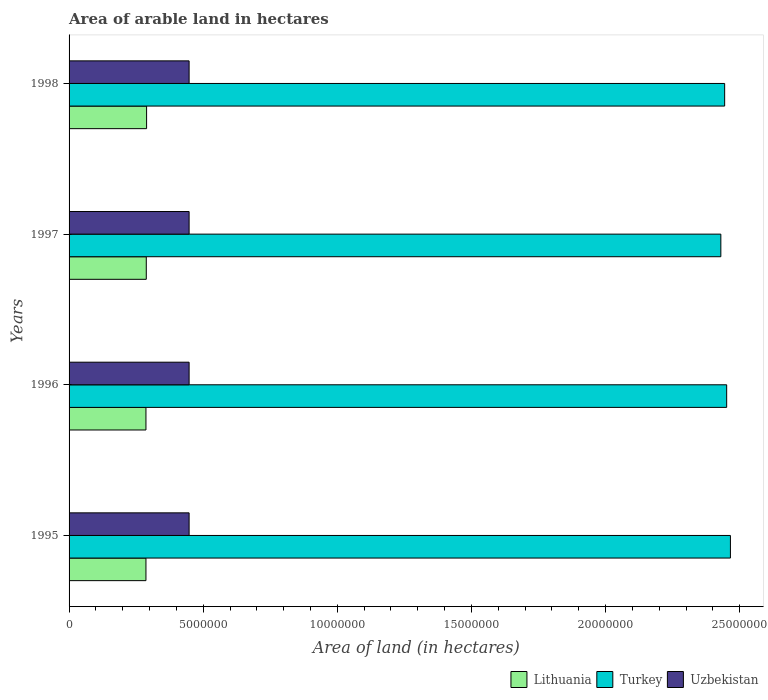
| Years | Lithuania | Turkey | Uzbekistan |
 | --- | --- | --- | --- |
 | 1995 | 2.87e+06 | 2.47e+07 | 4.48e+06 |
 | 1996 | 2.87e+06 | 2.45e+07 | 4.48e+06 |
 | 1997 | 2.88e+06 | 2.43e+07 | 4.48e+06 |
 | 1998 | 2.89e+06 | 2.44e+07 | 4.48e+06 |